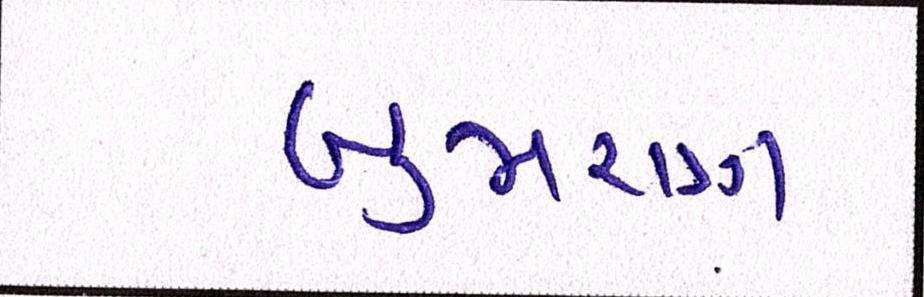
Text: બુમરાણ